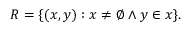
R = \{ ( x , y ) : x \neq \emptyset \land y \in x \} .